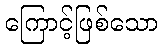
ကြောင့်ဖြစ်သော